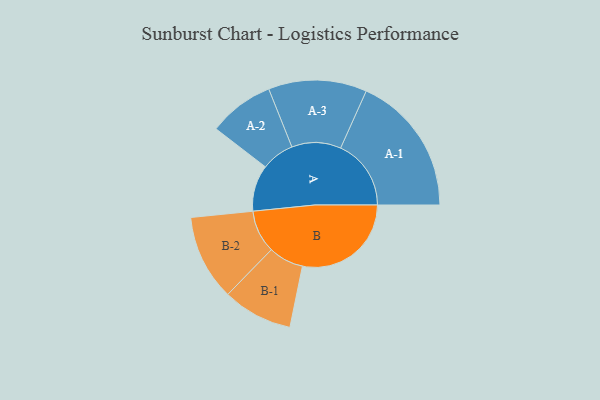
{"axis": {"x": "Segment", "y": "Value"}, "legend": ["", "A", "B"], "data": [{"x": "A", "y": 196, "type": ""}, {"x": "B", "y": 460, "type": ""}, {"x": "A-1", "y": 298, "type": "A"}, {"x": "A-2", "y": 139, "type": "A"}, {"x": "A-3", "y": 208, "type": "A"}, {"x": "B-1", "y": 148, "type": "B"}, {"x": "B-2", "y": 181, "type": "B"}]}